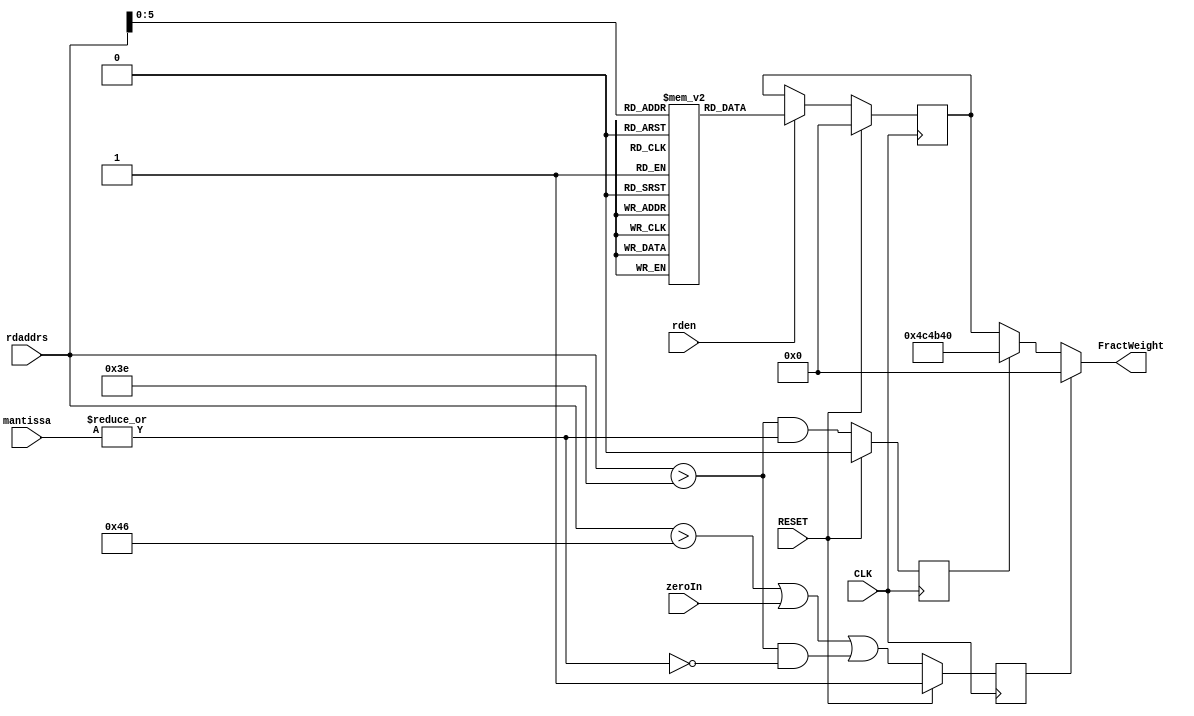
// ROMweightsFract_H8.v
//
// Version:  1.21  November 30, 2019
// Copyright (C) 2019.  All rights reserved.
//
////////////////////////////////////////////////////////////////////////////////////////////////////////////////////////
//                                                                                                                    //
//                                                    Open-Source                                                     //
//                            SYMPL 64-Bit Universal Floating-point ISA Compute Engine and                            //
//                                   Fused Universal Neural Network (FuNN) eNNgine                                    //
//                                    Evaluation and Product Development License                                      //
//                                                                                                                    //
//                                                                                                                    //
// Open-source means:  this source code and this instruction set ("this IP") may be freely downloaded, copied,        //
// modified, distributed and used in accordance with the terms and conditons of the licenses provided herein.         //
//                                                                                                                    //
// Provided that you comply with all the terms and conditions set forth herein, Jerry D. Harthcock ("licensor"),      //
// the original author and exclusive copyright owner of this SYMPL 64-Bit Universal Floating-point ISA Compute Engine //
// and Fused Universal Neural Network (FuNN) eNNgine, including related development software ("this IP"), hereby      //
// grants recipient of this IP ("licensee"), a world-wide, paid-up, non-exclusive license to implement this IP        //
// within the programmable fabric of Xilinx Kintex Ultra and Kintex Ultra+ brand FPGAs--only--and used only for the   //
// purposes of evaluation, education, and development of end products and related development tools.  Furthermore,    //
// limited to the purposes of prototyping, evaluation, characterization and testing of implementations in a hard,     //
// custom or semi-custom ASIC, any university or institution of higher education may have their implementation of     //
// this IP produced for said limited purposes at any foundary of their choosing provided that such prototypes do      //
// not ever wind up in commercial circulation, with this license extending to such foundary and is in connection      //
// with said academic pursuit and under the supervision of said university or institution of higher education.        //
//                                                                                                                    //
// Any copying, distribution, customization, modification, or derivative work of this IP must include an exact copy   //
// of this license and original copyright notice at the very top of each source file and any derived netlist, and,    //
// in the case of binaries, a printed copy of this license and/or a text format copy in a separate file distributed   //
// with said netlists or binary files having the file name, "LICENSE.txt".  You, the licensee, also agree not to      //
// remove any copyright notices from any source file covered or distributed under this Evaluation and Product         //
// Development License.                                                                                               //
//                                                                                                                    //
// LICENSOR DOES NOT WARRANT OR GUARANTEE THAT YOUR USE OF THIS IP WILL NOT INFRINGE THE RIGHTS OF OTHERS OR          //
// THAT IT IS SUITABLE OR FIT FOR ANY PURPOSE AND THAT YOU, THE LICENSEE, AGREE TO HOLD LICENSOR HARMLESS FROM        //
// ANY CLAIM BROUGHT BY YOU OR ANY THIRD PARTY FOR YOUR SUCH USE.                                                     //
//                                                                                                                    //
// Licensor reserves all his rights, including, but in no way limited to, the right to change or modify the terms     //
// and conditions of this Evaluation and Product Development License anytime without notice of any kind to anyone.    //
// By using this IP for any purpose, licensee agrees to all the terms and conditions set forth in this Evaluation     //
// and Product Development License.                                                                                   //
//                                                                                                                    //
// This Evaluation and Product Development License does not include the right to sell products that incorporate       //
// this IP or any IP derived from this IP. If you would like to obtain such a license, please contact Licensor.       //
//                                                                                                                    //
// Licensor can be contacted at:  SYMPL.gpu@gmail.com or Jerry.Harthcock@gmail.com                                    //
//                                                                                                                    //
////////////////////////////////////////////////////////////////////////////////////////////////////////////////////////

 `timescale 1ns/100ps

module ROMweightsFract_H8 (
    CLK,
    RESET,
    rden,
    rdaddrs,
    mantissa,
    FractWeight,
    zeroIn
    );    

input  CLK;
input  RESET;
input  rden;
input  [6:0] rdaddrs;
input  [7:0] mantissa;
output [23:0] FractWeight;
input zeroIn;

//(* ram_style = "distributed" *) 
//(* rom_style = "block" *) reg  [23:0] RAMA[63:0];
reg  [23:0] RAMA[63:0];
reg  [23:0] rddata;

reg [23:0] FractWeight;

reg zeroOutput;
reg substitutePnt5;

wire [5:0] unbiasedExp;
assign unbiasedExp = rdaddrs - 63;

initial begin

    RAMA[63] = 24'D0000000; //   0       for integer + fraction only   
    RAMA[62] = 24'D5000000; //  -1       fraction only    
    RAMA[61] = 24'D2500000; //  -1                   
    RAMA[60] = 24'D1250000; //  -1                   
    RAMA[59] = 24'D6250000; //  -2                   
    RAMA[58] = 24'D3125000; //  -2                   
    RAMA[57] = 24'D1562500; //  -2                   
    RAMA[56] = 24'D7812500; //  -3                   
    RAMA[55] = 24'D3906250; //  -3                   
    RAMA[54] = 24'D1953125; //  -3                   
    RAMA[53] = 24'D9765625; //  -4                   
    RAMA[52] = 24'D4882812; //  -4                   
    RAMA[51] = 24'D2441406; //  -4                   
    RAMA[50] = 24'D1220703; //  -4                   
    RAMA[49] = 24'D6103515; //  -5                   
    RAMA[48] = 24'D3051757; //  -5                   
    RAMA[47] = 24'D1525878; //  -5                   
    RAMA[46] = 24'D7629394; //  -6                   
    RAMA[45] = 24'D3814697; //  -6                   
    RAMA[44] = 24'D1907348; //  -6                   
    RAMA[43] = 24'D9536743; //  -7                   
    RAMA[42] = 24'D4768371; //  -7                   
    RAMA[41] = 24'D2384185; //  -7                   
    RAMA[40] = 24'D1192092; //  -7                   
    RAMA[39] = 24'D5960464; //  -8                   
    RAMA[38] = 24'D2980232; //  -8                   
    RAMA[37] = 24'D1490116; //  -8                   
    RAMA[36] = 24'D7450580; //  -9                   
    RAMA[35] = 24'D3725290; //  -9                   
    RAMA[34] = 24'D1862645; //  -9                   
    RAMA[33] = 24'D9313225; //  -10                  
    RAMA[32] = 24'D4656612; //  -10                  
    RAMA[31] = 24'D2328306; //  -10                  
    RAMA[30] = 24'D1164153; //  -10                  
    RAMA[29] = 24'D5820766; //  -11                  
    RAMA[28] = 24'D2910383; //  -11                 
    RAMA[27] = 24'D1455191; //  -11                  
    RAMA[26] = 24'D7275957; //  -12                  
    RAMA[25] = 24'D3637978; //  -12                  
    RAMA[24] = 24'D1818989; //  -12                  
    RAMA[23] = 24'D9094947; //  -13                  
    RAMA[22] = 24'D4547473; //  -13                  
    RAMA[21] = 24'D2273736; //  -13                  
    RAMA[20] = 24'D1136868; //  -13                  
    RAMA[19] = 24'D5684341; //  -14                  
    RAMA[18] = 24'D2842170; //  -14                  
    RAMA[17] = 24'D1421085; //  -14                  
    RAMA[16] = 24'D7105427; //  -15                  
    RAMA[15] = 24'D3552713; //  -15                  
    RAMA[14] = 24'D1776356; //  -15                  
    RAMA[13] = 24'D8881784; //  -16                  
    RAMA[12] = 24'D4440892; //  -16                  
    RAMA[11] = 24'D2220446; //  -16                  
    RAMA[10] = 24'D1110223; //  -16                  
    RAMA[ 9] = 24'D5551115; //  -17                  
    RAMA[ 8] = 24'D2775557; //  -17                  
    RAMA[ 7] = 24'D1387778; //  -17                  
    RAMA[ 6] = 24'D6938893; //  -18                  
    RAMA[ 5] = 24'D3469446; //  -18                  
    RAMA[ 4] = 24'D1734723; //  -18                  
    RAMA[ 3] = 24'D8673617; //  -19                  
    RAMA[ 2] = 24'D4336808; //  -19                  
    RAMA[ 1] = 24'D2168404; //  -19                  
    RAMA[ 0] = 24'D0000000; //  -subnormal        
end      



always @(*) if (zeroOutput) FractWeight = 0;
            else if (substitutePnt5) FractWeight = 24'D5000000;
            else FractWeight = rddata; 

always @(posedge CLK)
    if (RESET) zeroOutput <= 1'b1;
    else zeroOutput <= (rdaddrs > 70) || zeroIn || ((rdaddrs > 62) && ~|mantissa);
    
always @(posedge CLK)
    if (RESET) substitutePnt5 <= 1'b0;
    else substitutePnt5 <= (rdaddrs > 62) && |mantissa;
    
always @(posedge CLK) begin
    if (RESET) rddata <= 0;
    else if (rden) rddata <= RAMA[rdaddrs[5:0]];   
end


endmodule